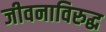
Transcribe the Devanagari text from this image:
जीवनाविरुद्ध